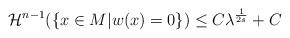
LaTeX: \begin{align*}\mathcal{H}^{n-1}(\{x\in M | w(x)= 0 \}) \leq C\lambda^{\frac{1}{2s}} + C\end{align*}